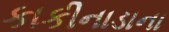
કાકીનાડાના